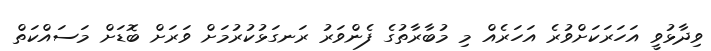
ވިދާޅުވީ އަހަރަކަށްވުރެ އަހަރެއް މި މުބާރާތުގެ ފެންވަރު ރަނގަޅުކުރުމަށް ވަރަށް ބޮޑަށް މަސައްކަތް